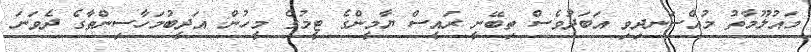
މައުލޫމާތު މުއްސަނދިވި އަބަދުވެސް ތިބޭނީ ރައީސް ޔާމީންގެ ޓީމުގެ މީހުން: އަދީބުމަހާސިންތާގެ ދެވަނަ